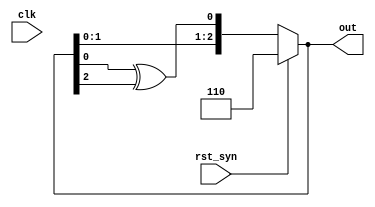
module LFSR(clk, rst_syn, out);
input clk, rst_syn;
output reg [2:0] out;
always @(clk)
begin
    if(rst_syn)
        out <= 3'b110;
    else
        out <= {out[1], out[0], out[0] ^ out[2]};
end
endmodule